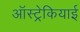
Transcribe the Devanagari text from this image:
ऑस्ट्रेकियाई